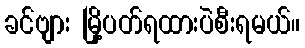
ခင်ဗျား မြို့ပတ်ရထားပဲစီးရမယ်။